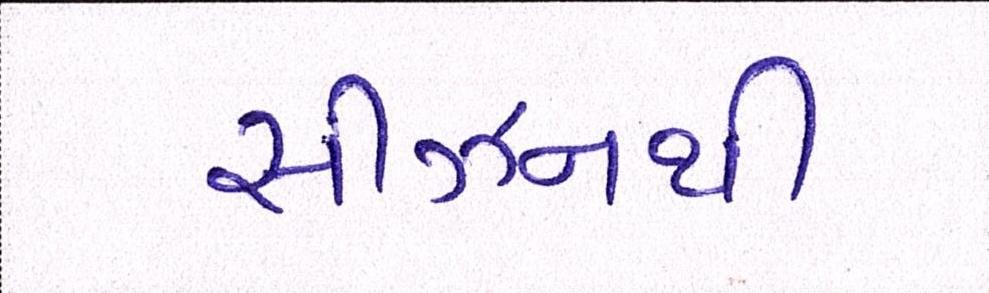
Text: સીઝનથી